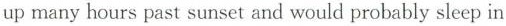
up many hours past sunset and would probably sleep in